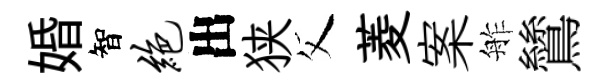
婚智绝出狭父菱案舴鷥